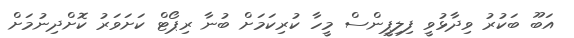
އަބޫ ބަކުރު ވިދާޅުވީ ފިލިޕީންސް މީހާ ކުރިކަމަށް ބުނާ ރިޕޯޓް ކަށަވަރު ކޮށްދިނުމަށް